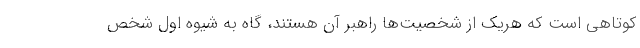
كوتاهي است كه هريك از شخصيت‌ها راهبر آن هستند، گاه به شيوه اول شخص